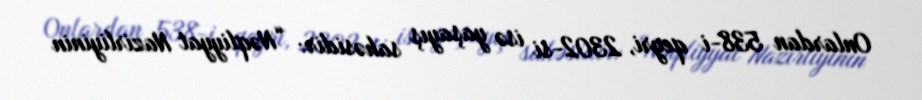
Onlardan 538-i qeyri, 2302-si isə yaşayış sahəsidir: “Nəqliyyat Nazirliyinin